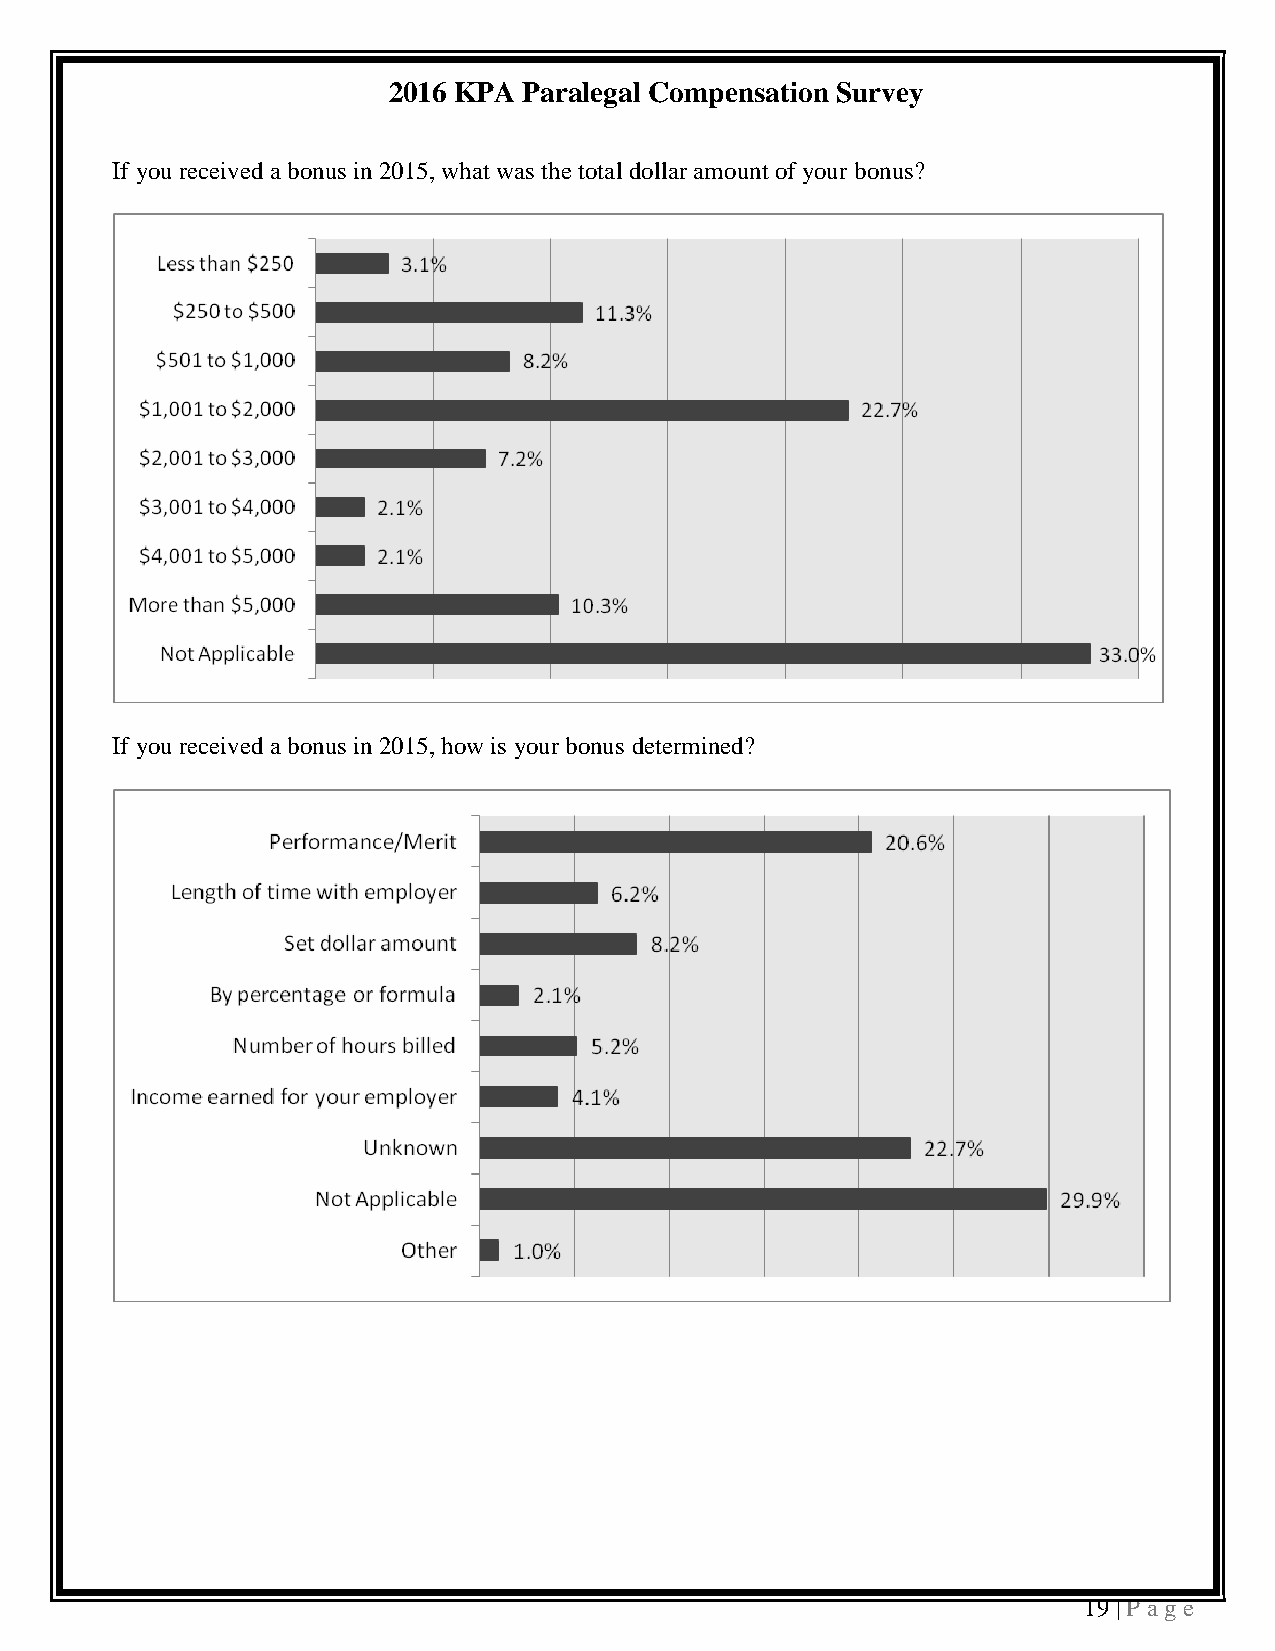
2016 KPA Paralegal Compensation Survey
 If you received a bonus in 2015, what was the total dollar amount of your bonus?
 If you received a bonus in 2015, how is your bonus determined?
 19 | P a ge